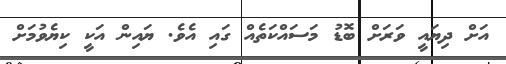
އަށް ދިޔައީ ވަރަށް ބޮޑު މަސައްކަތެއް ގައި އެވެ. ޔައިން އަކީ ކިޔެވުމަށް